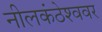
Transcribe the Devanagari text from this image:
नीलकंठेश्‍ववर